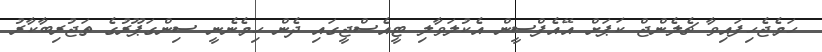
ހަމެޖެހިފައިވާ ޗެލެންޖް ކަޕަށް އޭއެފްސީން އެކުލަވާލި ޓީއެސްޖީގައި ދެން ހިމެނެނީ ސިންގަޕޫރުގެ ތަޖުރިބާކާރު